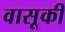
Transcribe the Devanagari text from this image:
वासूकी